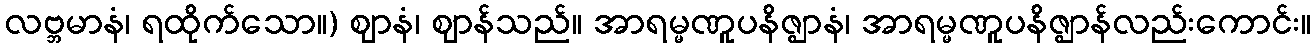
လဗ္ဘမာနံ၊ ရထိုက်သော။) ဈာနံ၊ ဈာန်သည်။ အာရမ္မဏူပနိဇ္ဈာနံ၊ အာရမ္မဏူပနိဇ္ဈာန်လည်းကောင်း။